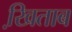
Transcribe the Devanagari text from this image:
खि़ताब